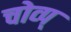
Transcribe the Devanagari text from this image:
चोव्प्